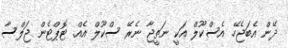
ދޭން އެބަޖެހޭ. އެސްކޫލް އަކީ ނަތީޖާ ނެރޭ ސްކޫލް އެއް. ޓޮޕްޓެން ޖަލްސާ